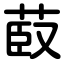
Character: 菣